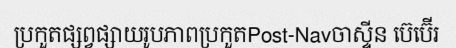
ប្រកួតផ្សព្វផ្សាយរូបភាពប្រកួតPost-Navចាស្ទីន ប៊េប៊ើរ